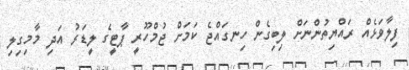
ފިލާވަޅެއް ރައްޔިތުންނަށް ލިބިގެން ހިނގައްޖެ ކަމަށް ޖުމްހޫރީ ޕާޓީގެ ލީޑަރު އަދި މާމިގިލި